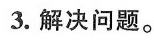
3.解决问题。